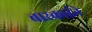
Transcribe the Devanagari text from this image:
बारकार्इने